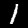
Label: 1